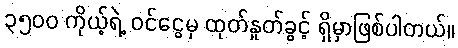
၃၅၀၀ ကိုယ့်ရဲ့ ဝင်ငွေမှ ထုတ်နှုတ်ခွင့် ရှိမှာဖြစ်ပါတယ်။